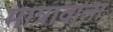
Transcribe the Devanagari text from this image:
मात्रावाला